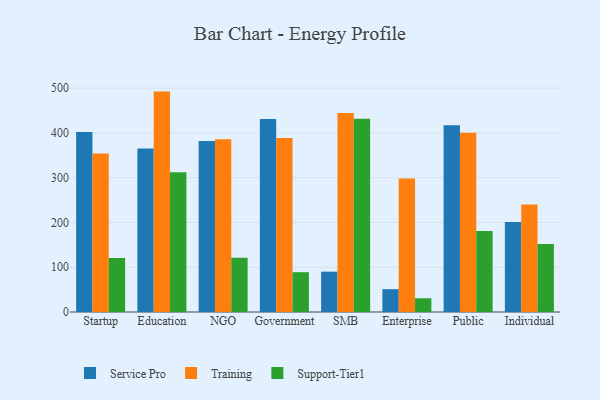
{"axis": {"x": "Segment", "y": "Energy Usage (MWh)"}, "legend": ["Service Pro", "Support-Tier1", "Training"], "data": [{"x": "Startup", "y": 402.1, "type": "Service Pro"}, {"x": "Startup", "y": 354.0, "type": "Training"}, {"x": "Startup", "y": 120.6, "type": "Support-Tier1"}, {"x": "Education", "y": 365.3, "type": "Service Pro"}, {"x": "Education", "y": 492.3, "type": "Training"}, {"x": "Education", "y": 312.0, "type": "Support-Tier1"}, {"x": "NGO", "y": 382.2, "type": "Service Pro"}, {"x": "NGO", "y": 385.9, "type": "Training"}, {"x": "NGO", "y": 121.4, "type": "Support-Tier1"}, {"x": "Government", "y": 430.9, "type": "Service Pro"}, {"x": "Government", "y": 388.4, "type": "Training"}, {"x": "Government", "y": 88.9, "type": "Support-Tier1"}, {"x": "SMB", "y": 90.1, "type": "Service Pro"}, {"x": "SMB", "y": 444.6, "type": "Training"}, {"x": "SMB", "y": 431.7, "type": "Support-Tier1"}, {"x": "Enterprise", "y": 51.0, "type": "Service Pro"}, {"x": "Enterprise", "y": 298.4, "type": "Training"}, {"x": "Enterprise", "y": 30.7, "type": "Support-Tier1"}, {"x": "Public", "y": 417.3, "type": "Service Pro"}, {"x": "Public", "y": 400.4, "type": "Training"}, {"x": "Public", "y": 180.8, "type": "Support-Tier1"}, {"x": "Individual", "y": 201.0, "type": "Service Pro"}, {"x": "Individual", "y": 240.2, "type": "Training"}, {"x": "Individual", "y": 151.9, "type": "Support-Tier1"}]}